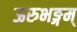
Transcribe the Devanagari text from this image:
ऊरुभङ्गम्